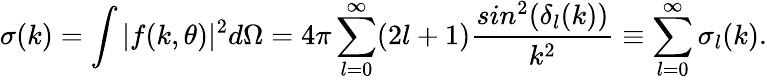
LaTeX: \sigma(k)=\int|f(k,\theta)|^{2}d\Omega=4\pi\sum_{l=0}^{\infty}(2l+1)\frac{sin^{2}(\delta_{l}(k))}{k^{2}}\equiv\sum_{l=0}^{\infty}\sigma_{l}(k).